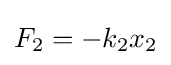
F_{2}=-k_{2}x_{2}